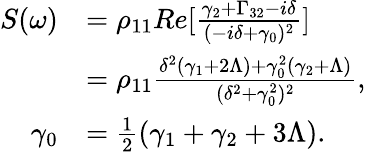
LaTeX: \begin{array}{rl}{S(\omega)}&{=\rho_{11}Re[\frac{\gamma_{2}+\Gamma_{32}-i\delta}{(-i\delta+\gamma_{0})^{2}}]}\\ &{=\rho_{11}\frac{\delta^{2}(\gamma_{1}+2\Lambda)+\gamma_{0}^{2}(\gamma_{2}+\Lambda)}{(\delta^{2}+\gamma_{0}^{2})^{2}},}\\ {\gamma_{0}}&{=\frac{1}{2}(\gamma_{1}+\gamma_{2}+3\Lambda).}\end{array}